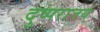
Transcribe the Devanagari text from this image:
दुष्पराजय